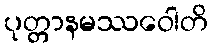
ပုတ္တာနမဿဝေါတိ